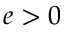
e > 0